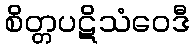
စိတ္တပဋိသံဝေဒီ